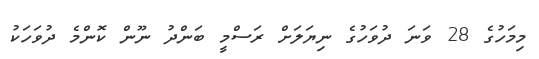
މިމަހުގެ 28 ވަނަ ދުވަހުގެ ނިޔަލަށް ރަސްމީ ބަންދު ނޫން ކޮންމެ ދުވަހަކު